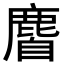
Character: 𪊰